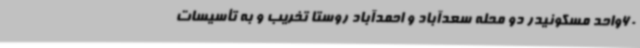
60واحد مسکونیدر دو محله سعدآباد و احمدآباد روستا تخریب و به تأسیسات